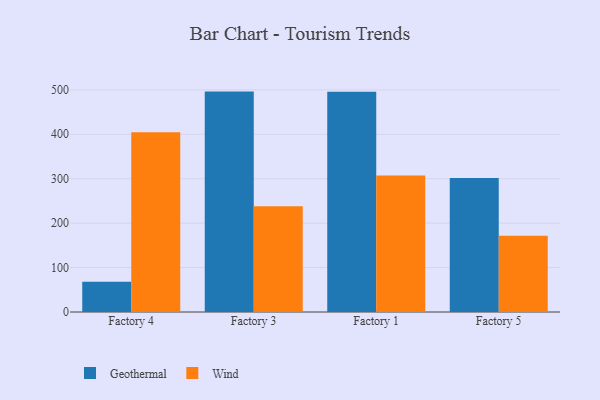
{"axis": {"x": "Factory", "y": "Customer Acquisition Cost (USD)"}, "legend": ["Geothermal", "Wind"], "data": [{"x": "Factory 4", "y": 67.9, "type": "Geothermal"}, {"x": "Factory 4", "y": 404.5, "type": "Wind"}, {"x": "Factory 3", "y": 496.0, "type": "Geothermal"}, {"x": "Factory 3", "y": 238.2, "type": "Wind"}, {"x": "Factory 1", "y": 495.7, "type": "Geothermal"}, {"x": "Factory 1", "y": 307.0, "type": "Wind"}, {"x": "Factory 5", "y": 301.3, "type": "Geothermal"}, {"x": "Factory 5", "y": 171.8, "type": "Wind"}]}